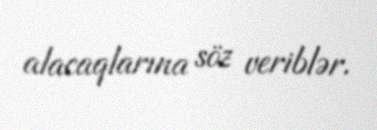
alacaqlarına söz veriblər.